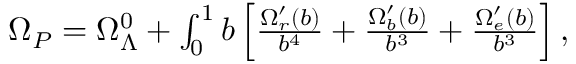
\begin{array} { r } { \Omega _ { P } = \Omega _ { \Lambda } ^ { 0 } + \int _ { 0 } ^ { 1 } \d b \left[ \frac { \Omega _ { r } ^ { \prime } ( b ) } { b ^ { 4 } } + \frac { \Omega _ { b } ^ { \prime } ( b ) } { b ^ { 3 } } + \frac { \Omega _ { e } ^ { \prime } ( b ) } { b ^ { 3 } } \right] , } \end{array}